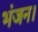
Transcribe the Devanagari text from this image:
भंजन।